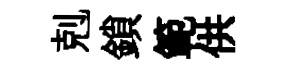
剋鎖範供